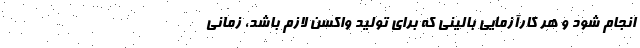
انجام شود و هر کارآزمایی بالینی که برای تولید واکسن لازم باشد، زمانی